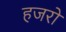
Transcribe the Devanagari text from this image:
हजरो